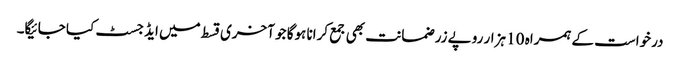
درخواست کے ہمراہ 10 ہزار روپے زر ضمانت بھی جمع کرانا ہوگا جو آخری قسط میں ایڈجسٹ کیا جائیگا۔